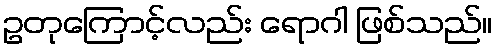
ဥတုကြောင့်လည်း ရောဂါ ဖြစ်သည်။